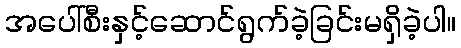
အပေါ်စီးနှင့်ဆောင်ရွက်ခဲ့ခြင်းမရှိခဲ့ပါ။